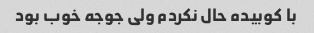
با کوبیده حال نکردم ولی جوجه خوب بود